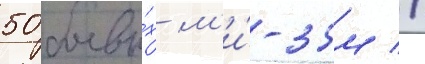
50 боевы́х м'и́-35м //